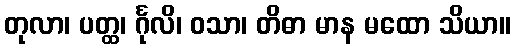
တုလာ၊ ပတ္ထ၊ င်္ဂုလိ၊ ဝသာ၊ တိဓာ မာန မထော သိယာ။